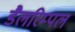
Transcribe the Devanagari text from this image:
डैलरिम्पल